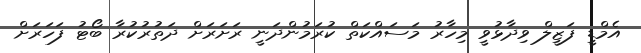
އެމްޑީ ފަޒީލް ވިދާޅުވީ މިހާރު މަސައްކަތް ކުރަމުންދަނީ ރަށަރަށް ދަތުރުކުރާ ބޯޓު ފަހަރަށް